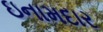
ઇનામદાર